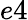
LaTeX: e4